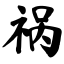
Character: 祸